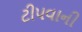
ટીપવાની